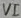
Text: VI